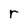
Character: r